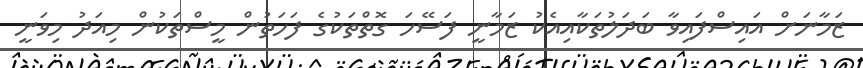
ޒަމާނަށް އައިސްފައިވާ ބަދަލުތަކާއިއެކު ޒަމާނީ ފަސޭހަ ގޮތްތަކުގެ ފަހަތުން މީސްތަކުން މިއަދު މިވަނީ